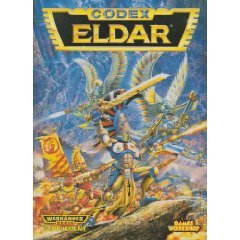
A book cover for Eldar, Codex, Warhammer 40,000; Rick Priestley; Science Fiction & Fantasy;